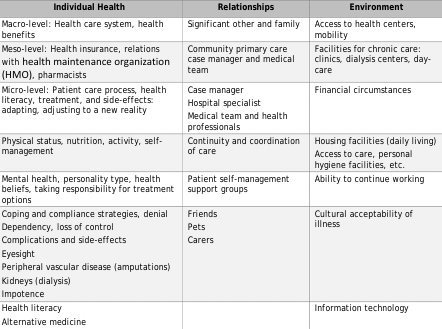
| Individual Health | Relationships | Environment |
 | --- | --- | --- |
 | Macro-level: Health care system, health benefits | Significant other and family | Access to health centers, mobility |
 | Meso-level: Health insurance, relations with health maintenance organization (HMO), pharmacists | Community primary care case manager and medical team | Facilities for chronic care: clinics, dialysis centers, day-care |
 | Micro-level: Patient care process, health literacy, treatment, and side-effects: adapting, adjusting to a new reality | Case managerHospital specialistMedical team and health professionals | Financial circumstances |
 | Physical status, nutrition, activity, self-management | Continuity and coordination of care | Housing facilities (daily living)Access to care, personal hygiene facilities, etc. |
 | Mental health, personality type, health beliefs, taking responsibility for treatment options | Patient self-management support groups | Ability to continue working |
 | Coping and compliance strategies, denialDependency, loss of controlComplications and side-effectsEyesightPeripheral vascular disease (amputations)Kidneys (dialysis)Impotence | FriendsPetsCarers | Cultural acceptability of illness |
 | Health literacyAlternative medicine |  | Information technology |